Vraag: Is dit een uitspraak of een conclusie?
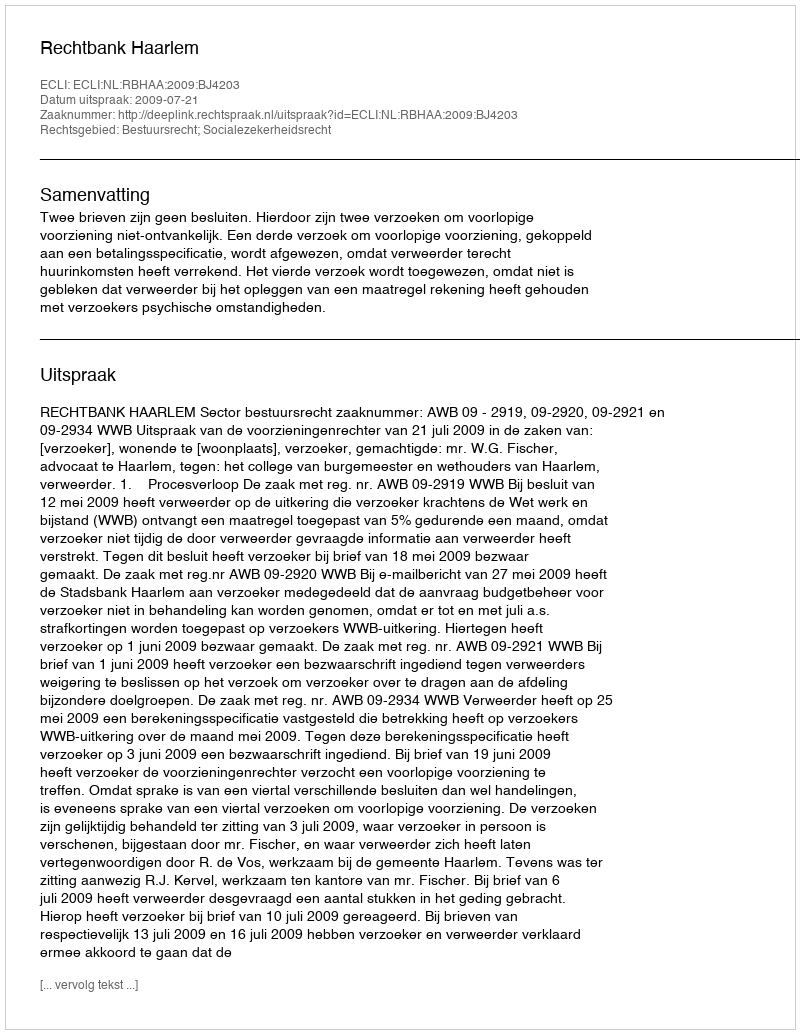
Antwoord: Uitspraak